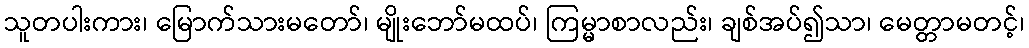
သူတပါးကား၊ မြောက်သားမတော်၊ မျိုးဘော်မထပ်၊ ကြမ္မာစာလည်း၊ ချစ်အပ်၍သာ၊ မေတ္တာမတင့်၊